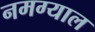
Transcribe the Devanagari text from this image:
नमग्याल